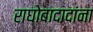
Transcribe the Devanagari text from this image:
राघोबादादांना